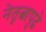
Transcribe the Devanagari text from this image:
नेतृत्वापुढे